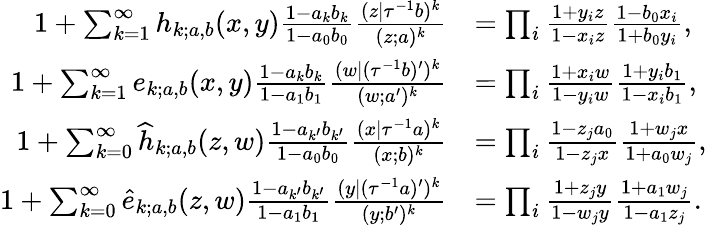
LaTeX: \begin{array}{rl}{1+\sum_{k=1}^{\infty}h_{k;a,b}(x,y)\frac{1-a_{k}b_{k}}{1-a_{0}b_{0}}\frac{(z|\tau^{-1}b)^{k}}{(z;a)^{k}}}&{=\prod_{i}\frac{1+y_{i}z}{1-x_{i}z}\frac{1-b_{0}x_{i}}{1+b_{0}y_{i}},}\\ {1+\sum_{k=1}^{\infty}e_{k;a,b}(x,y)\frac{1-a_{k}b_{k}}{1-a_{1}b_{1}}\frac{(w|(\tau^{-1}b)^{\prime})^{k}}{(w;a^{\prime})^{k}}}&{=\prod_{i}\frac{1+x_{i}w}{1-y_{i}w}\frac{1+y_{i}b_{1}}{1-x_{i}b_{1}},}\\ {1+\sum_{k=0}^{\infty}\widehat{h}_{k;a,b}(z,w)\frac{1-a_{k^{\prime}}b_{k^{\prime}}}{1-a_{0}b_{0}}\frac{(x|\tau^{-1}a)^{k}}{(x;b)^{k}}}&{=\prod_{i}\frac{1-z_{j}a_{0}}{1-z_{j}x}\frac{1+w_{j}x}{1+a_{0}w_{j}},}\\ {1+\sum_{k=0}^{\infty}\widehat{e}_{k;a,b}(z,w)\frac{1-a_{k^{\prime}}b_{k^{\prime}}}{1-a_{1}b_{1}}\frac{(y|(\tau^{-1}a)^{\prime})^{k}}{(y;b^{\prime})^{k}}}&{=\prod_{i}\frac{1+z_{j}y}{1-w_{j}y}\frac{1+a_{1}w_{j}}{1-a_{1}z_{j}}.}\end{array}